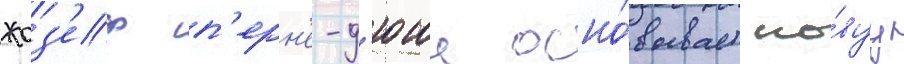
жоз'еф п'ерн'е-д'юше осно́вывает но́вуу